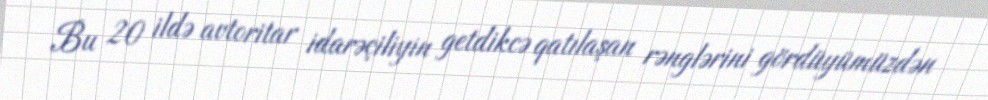
Bu 20 ildə avtoritar idarəçiliyin getdikcə qatılaşan rənglərini gördüyümüzdən